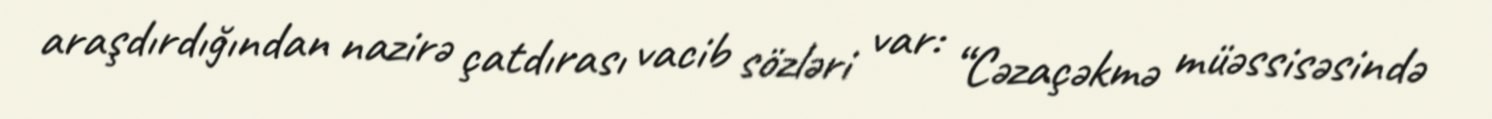
araşdırdığından nazirə çatdırası vacib sözləri var: “Cəzaçəkmə müəssisəsində